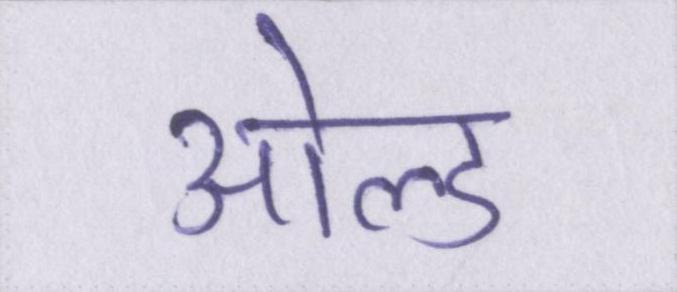
ओल्ड